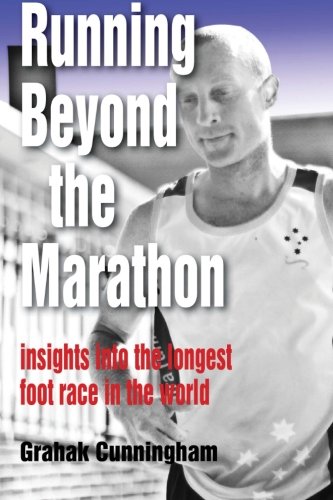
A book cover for Running Beyond the Marathon: insights into the longest footrace in the world; Grahak Cunningham; Sports & Outdoors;